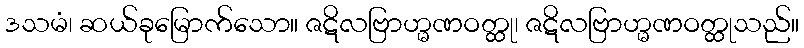
ဒသမံ၊ ဆယ်ခုမြောက်သော။ ဇဋိလဗြာဟ္မဏဝတ္ထု၊ ဇဋိလဗြာဟ္မဏဝတ္ထုသည်။